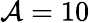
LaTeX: \mathcal{A}=10